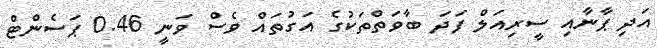
އަދި ޕާނާއި ސީރިއަލް ފަދަ ބާވަތްތަކުގެ އަގުތައް ވެސް ވަނީ 0.46 ޕަސެންޓް